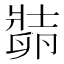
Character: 𱑛